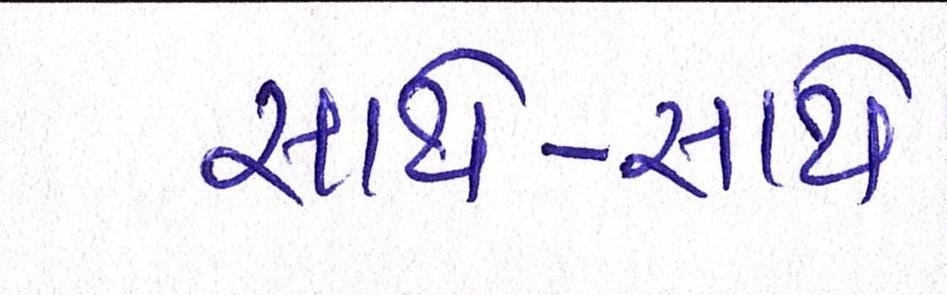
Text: સાથે-સાથે